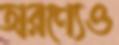
অরণ্যেও